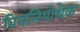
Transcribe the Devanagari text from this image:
बिबलियोथेक